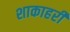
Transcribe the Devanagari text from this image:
शाकाहरी